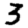
Digit: 3